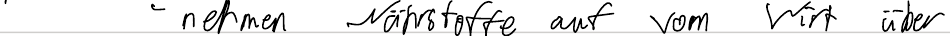
- nehmen Nährstoffe auf vom Wirt über